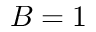
B = 1